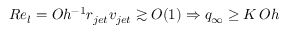
R e _ { l } = O h ^ { - 1 } r _ { j e t } v _ { j e t } \gtrsim O ( 1 ) \Rightarrow q _ { \infty } \geq K \, O h